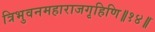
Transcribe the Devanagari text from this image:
त्रिभुवनमहाराजगृहिणि॥१४॥